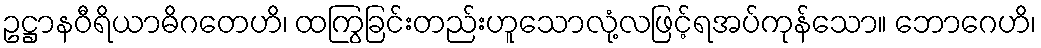
ဥဋ္ဌာနဝီရိယာဓိဂတေဟိ၊ ထကြွခြင်းတည်းဟူသောလုံ့လဖြင့်ရအပ်ကုန်သော။ ဘောဂေဟိ၊